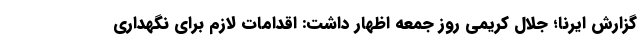
گزارش ایرنا؛ جلال کریمی روز جمعه اظهار داشت: اقدامات لازم برای نگهداری